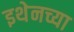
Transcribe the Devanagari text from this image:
इथेनच्या